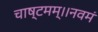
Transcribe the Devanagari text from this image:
चाष्टमम्।।नवमं